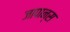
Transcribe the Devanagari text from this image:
जापान्स